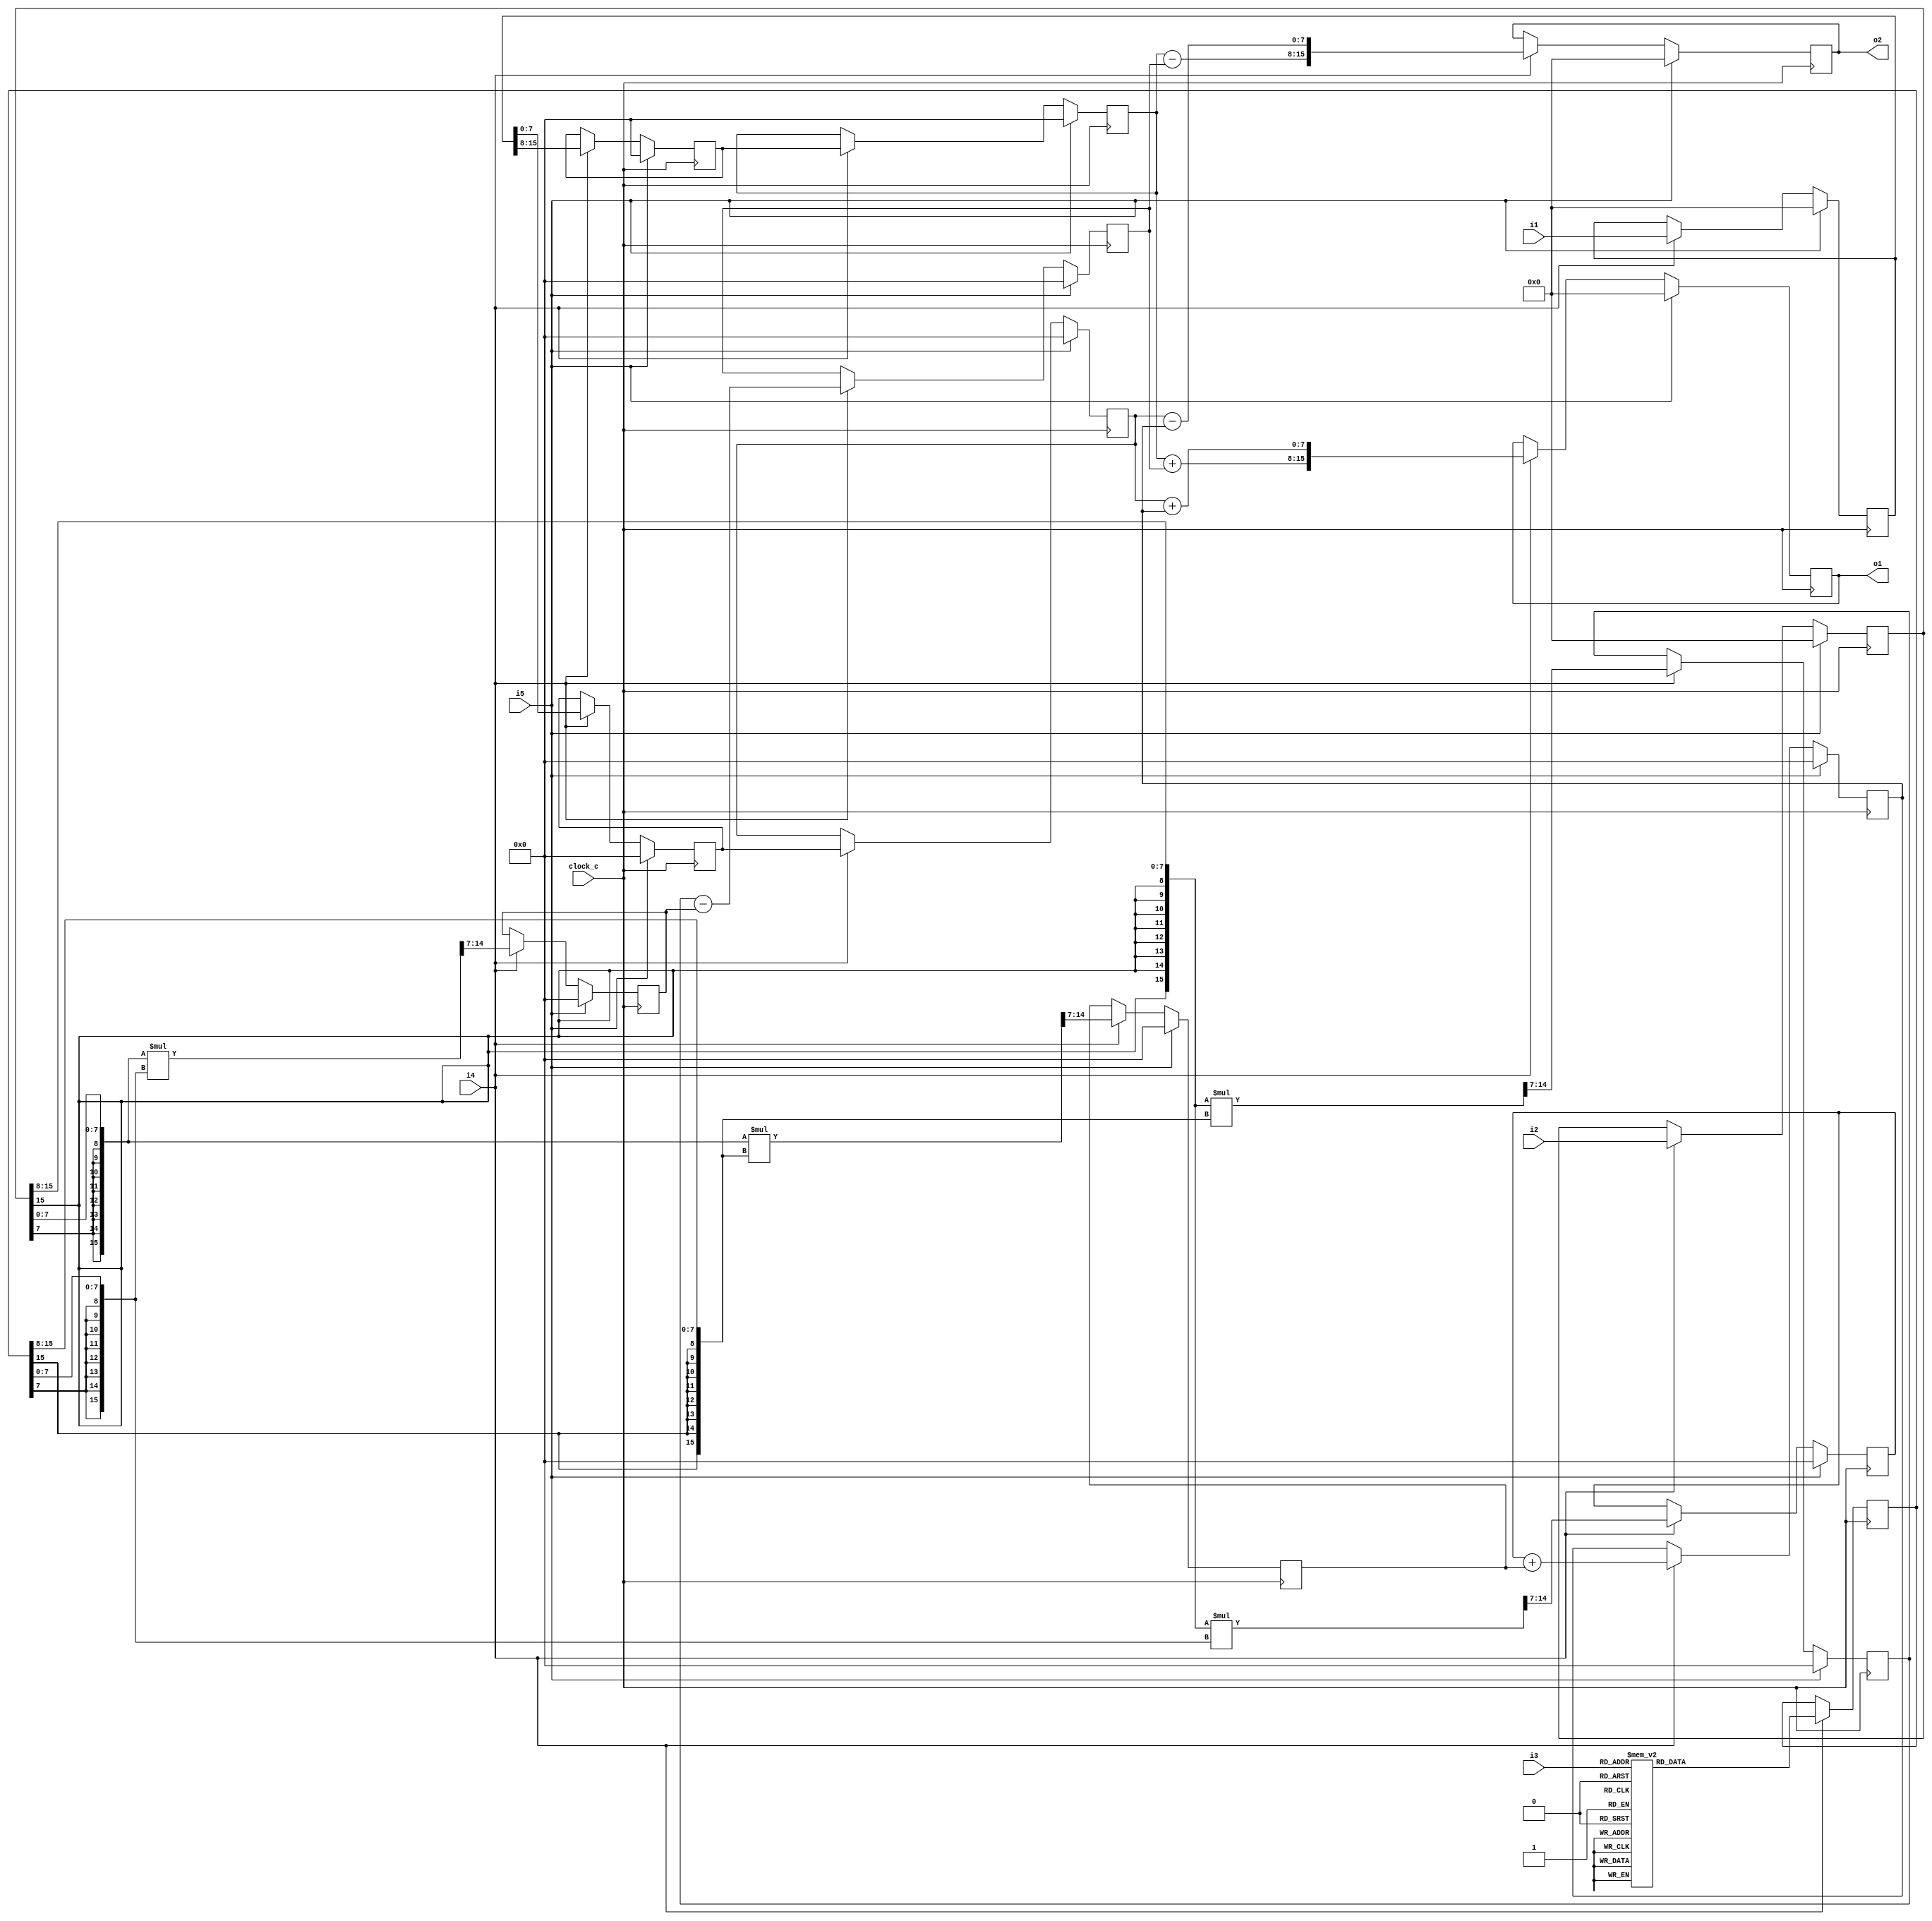
module cf_fft_1024_8_22 (clock_c, i1, i2, i3, i4, i5, o1, o2);
input  clock_c;
input  [15:0] i1;
input  [15:0] i2;
input  [8:0] i3;
input  i4;
input  i5;
output [15:0] o1;
output [15:0] o2;
reg    [15:0] n1;
wire   [7:0] n2;
wire   [7:0] n3;
reg    [15:0] n4;
wire   [7:0] n5;
wire   [7:0] n6;
reg    [7:0] n7;
reg    [7:0] n8;
reg    [7:0] n9;
reg    [7:0] n10;
reg    [15:0] n11;
wire   [7:0] n12;
wire   [7:0] n13;
wire   [15:0] n14;
wire   [7:0] n15;
reg    [7:0] n16;
wire   [15:0] n17;
wire   [7:0] n18;
reg    [7:0] n19;
wire   [7:0] n20;
reg    [7:0] n21;
wire   [15:0] n22;
wire   [7:0] n23;
reg    [7:0] n24;
wire   [15:0] n25;
wire   [7:0] n26;
reg    [7:0] n27;
wire   [7:0] n28;
reg    [7:0] n29;
wire   [7:0] n30;
wire   [7:0] n31;
wire   [15:0] n32;
reg    [15:0] n33;
wire   [7:0] n34;
wire   [7:0] n35;
wire   [15:0] n36;
reg    [15:0] n37;
initial n1 = 16'b0000000000000000;
always @ (posedge clock_c)
  if (i5 == 1'b1)
    n1 <= 16'b0000000000000000;
  else if (i4 == 1'b1)
    n1 <= i1;
assign n2 = {n1[15],
  n1[14],
  n1[13],
  n1[12],
  n1[11],
  n1[10],
  n1[9],
  n1[8]};
assign n3 = {n1[7],
  n1[6],
  n1[5],
  n1[4],
  n1[3],
  n1[2],
  n1[1],
  n1[0]};
initial n4 = 16'b0000000000000000;
always @ (posedge clock_c)
  if (i5 == 1'b1)
    n4 <= 16'b0000000000000000;
  else if (i4 == 1'b1)
    n4 <= i2;
assign n5 = {n4[15],
  n4[14],
  n4[13],
  n4[12],
  n4[11],
  n4[10],
  n4[9],
  n4[8]};
assign n6 = {n4[7],
  n4[6],
  n4[5],
  n4[4],
  n4[3],
  n4[2],
  n4[1],
  n4[0]};
initial n7 = 8'b00000000;
always @ (posedge clock_c)
  if (i5 == 1'b1)
    n7 <= 8'b00000000;
  else if (i4 == 1'b1)
    n7 <= n2;
initial n8 = 8'b00000000;
always @ (posedge clock_c)
  if (i5 == 1'b1)
    n8 <= 8'b00000000;
  else if (i4 == 1'b1)
    n8 <= n7;
initial n9 = 8'b00000000;
always @ (posedge clock_c)
  if (i5 == 1'b1)
    n9 <= 8'b00000000;
  else if (i4 == 1'b1)
    n9 <= n3;
initial n10 = 8'b00000000;
always @ (posedge clock_c)
  if (i5 == 1'b1)
    n10 <= 8'b00000000;
  else if (i4 == 1'b1)
    n10 <= n9;
initial n11 = 16'b0000000000000000;
always @ (posedge clock_c)
  if (i4 == 1'b1)
    case (i3)
      9'b000000000 : n11 <= 16'b0111111100000000;
      9'b000000001 : n11 <= 16'b0111111111111111;
      9'b000000010 : n11 <= 16'b0111111111111110;
      9'b000000011 : n11 <= 16'b0111111111111101;
      9'b000000100 : n11 <= 16'b0111111111111100;
      9'b000000101 : n11 <= 16'b0111111111111100;
      9'b000000110 : n11 <= 16'b0111111111111011;
      9'b000000111 : n11 <= 16'b0111111111111010;
      9'b000001000 : n11 <= 16'b0111111111111001;
      9'b000001001 : n11 <= 16'b0111111111111000;
      9'b000001010 : n11 <= 16'b0111111111111000;
      9'b000001011 : n11 <= 16'b0111111111110111;
      9'b000001100 : n11 <= 16'b0111111111110110;
      9'b000001101 : n11 <= 16'b0111111111110101;
      9'b000001110 : n11 <= 16'b0111111111110101;
      9'b000001111 : n11 <= 16'b0111111111110100;
      9'b000010000 : n11 <= 16'b0111111111110011;
      9'b000010001 : n11 <= 16'b0111111111110010;
      9'b000010010 : n11 <= 16'b0111111111110001;
      9'b000010011 : n11 <= 16'b0111111111110001;
      9'b000010100 : n11 <= 16'b0111111111110000;
      9'b000010101 : n11 <= 16'b0111111011101111;
      9'b000010110 : n11 <= 16'b0111111011101110;
      9'b000010111 : n11 <= 16'b0111111011101101;
      9'b000011000 : n11 <= 16'b0111111011101101;
      9'b000011001 : n11 <= 16'b0111111011101100;
      9'b000011010 : n11 <= 16'b0111111011101011;
      9'b000011011 : n11 <= 16'b0111111011101010;
      9'b000011100 : n11 <= 16'b0111111011101010;
      9'b000011101 : n11 <= 16'b0111110111101001;
      9'b000011110 : n11 <= 16'b0111110111101000;
      9'b000011111 : n11 <= 16'b0111110111100111;
      9'b000100000 : n11 <= 16'b0111110111100111;
      9'b000100001 : n11 <= 16'b0111110111100110;
      9'b000100010 : n11 <= 16'b0111110111100101;
      9'b000100011 : n11 <= 16'b0111110111100100;
      9'b000100100 : n11 <= 16'b0111110011100011;
      9'b000100101 : n11 <= 16'b0111110011100011;
      9'b000100110 : n11 <= 16'b0111110011100010;
      9'b000100111 : n11 <= 16'b0111110011100001;
      9'b000101000 : n11 <= 16'b0111110011100000;
      9'b000101001 : n11 <= 16'b0111101111100000;
      9'b000101010 : n11 <= 16'b0111101111011111;
      9'b000101011 : n11 <= 16'b0111101111011110;
      9'b000101100 : n11 <= 16'b0111101111011101;
      9'b000101101 : n11 <= 16'b0111101111011101;
      9'b000101110 : n11 <= 16'b0111101011011100;
      9'b000101111 : n11 <= 16'b0111101011011011;
      9'b000110000 : n11 <= 16'b0111101011011010;
      9'b000110001 : n11 <= 16'b0111101011011010;
      9'b000110010 : n11 <= 16'b0111101011011001;
      9'b000110011 : n11 <= 16'b0111100111011000;
      9'b000110100 : n11 <= 16'b0111100111010111;
      9'b000110101 : n11 <= 16'b0111100111010111;
      9'b000110110 : n11 <= 16'b0111100111010110;
      9'b000110111 : n11 <= 16'b0111100011010101;
      9'b000111000 : n11 <= 16'b0111100011010100;
      9'b000111001 : n11 <= 16'b0111100011010100;
      9'b000111010 : n11 <= 16'b0111011111010011;
      9'b000111011 : n11 <= 16'b0111011111010010;
      9'b000111100 : n11 <= 16'b0111011111010001;
      9'b000111101 : n11 <= 16'b0111011111010001;
      9'b000111110 : n11 <= 16'b0111011011010000;
      9'b000111111 : n11 <= 16'b0111011011001111;
      9'b001000000 : n11 <= 16'b0111011011001111;
      9'b001000001 : n11 <= 16'b0111010111001110;
      9'b001000010 : n11 <= 16'b0111010111001101;
      9'b001000011 : n11 <= 16'b0111010111001100;
      9'b001000100 : n11 <= 16'b0111010111001100;
      9'b001000101 : n11 <= 16'b0111010011001011;
      9'b001000110 : n11 <= 16'b0111010011001010;
      9'b001000111 : n11 <= 16'b0111010011001001;
      9'b001001000 : n11 <= 16'b0111001111001001;
      9'b001001001 : n11 <= 16'b0111001111001000;
      9'b001001010 : n11 <= 16'b0111001111000111;
      9'b001001011 : n11 <= 16'b0111001011000111;
      9'b001001100 : n11 <= 16'b0111001011000110;
      9'b001001101 : n11 <= 16'b0111000111000101;
      9'b001001110 : n11 <= 16'b0111000111000101;
      9'b001001111 : n11 <= 16'b0111000111000100;
      9'b001010000 : n11 <= 16'b0111000011000011;
      9'b001010001 : n11 <= 16'b0111000011000010;
      9'b001010010 : n11 <= 16'b0111000011000010;
      9'b001010011 : n11 <= 16'b0110111111000001;
      9'b001010100 : n11 <= 16'b0110111111000000;
      9'b001010101 : n11 <= 16'b0110111011000000;
      9'b001010110 : n11 <= 16'b0110111010111111;
      9'b001010111 : n11 <= 16'b0110111010111110;
      9'b001011000 : n11 <= 16'b0110110110111110;
      9'b001011001 : n11 <= 16'b0110110110111101;
      9'b001011010 : n11 <= 16'b0110110010111100;
      9'b001011011 : n11 <= 16'b0110110010111100;
      9'b001011100 : n11 <= 16'b0110110010111011;
      9'b001011101 : n11 <= 16'b0110101110111010;
      9'b001011110 : n11 <= 16'b0110101110111010;
      9'b001011111 : n11 <= 16'b0110101010111001;
      9'b001100000 : n11 <= 16'b0110101010111000;
      9'b001100001 : n11 <= 16'b0110100110111000;
      9'b001100010 : n11 <= 16'b0110100110110111;
      9'b001100011 : n11 <= 16'b0110100110110110;
      9'b001100100 : n11 <= 16'b0110100010110110;
      9'b001100101 : n11 <= 16'b0110100010110101;
      9'b001100110 : n11 <= 16'b0110011110110101;
      9'b001100111 : n11 <= 16'b0110011110110100;
      9'b001101000 : n11 <= 16'b0110011010110011;
      9'b001101001 : n11 <= 16'b0110011010110011;
      9'b001101010 : n11 <= 16'b0110010110110010;
      9'b001101011 : n11 <= 16'b0110010110110001;
      9'b001101100 : n11 <= 16'b0110010010110001;
      9'b001101101 : n11 <= 16'b0110010010110000;
      9'b001101110 : n11 <= 16'b0110001110110000;
      9'b001101111 : n11 <= 16'b0110001110101111;
      9'b001110000 : n11 <= 16'b0110001010101110;
      9'b001110001 : n11 <= 16'b0110001010101110;
      9'b001110010 : n11 <= 16'b0110000110101101;
      9'b001110011 : n11 <= 16'b0110000110101100;
      9'b001110100 : n11 <= 16'b0110000010101100;
      9'b001110101 : n11 <= 16'b0110000010101011;
      9'b001110110 : n11 <= 16'b0101111110101011;
      9'b001110111 : n11 <= 16'b0101111110101010;
      9'b001111000 : n11 <= 16'b0101111010101010;
      9'b001111001 : n11 <= 16'b0101111010101001;
      9'b001111010 : n11 <= 16'b0101110110101000;
      9'b001111011 : n11 <= 16'b0101110110101000;
      9'b001111100 : n11 <= 16'b0101110010100111;
      9'b001111101 : n11 <= 16'b0101110010100111;
      9'b001111110 : n11 <= 16'b0101101110100110;
      9'b001111111 : n11 <= 16'b0101101110100110;
      9'b010000000 : n11 <= 16'b0101101010100101;
      9'b010000001 : n11 <= 16'b0101100110100100;
      9'b010000010 : n11 <= 16'b0101100110100100;
      9'b010000011 : n11 <= 16'b0101100010100011;
      9'b010000100 : n11 <= 16'b0101100010100011;
      9'b010000101 : n11 <= 16'b0101011110100010;
      9'b010000110 : n11 <= 16'b0101011110100010;
      9'b010000111 : n11 <= 16'b0101011010100001;
      9'b010001000 : n11 <= 16'b0101010110100001;
      9'b010001001 : n11 <= 16'b0101010110100000;
      9'b010001010 : n11 <= 16'b0101010010100000;
      9'b010001011 : n11 <= 16'b0101010010011111;
      9'b010001100 : n11 <= 16'b0101001110011111;
      9'b010001101 : n11 <= 16'b0101001110011110;
      9'b010001110 : n11 <= 16'b0101001010011110;
      9'b010001111 : n11 <= 16'b0101000110011101;
      9'b010010000 : n11 <= 16'b0101000110011101;
      9'b010010001 : n11 <= 16'b0101000010011100;
      9'b010010010 : n11 <= 16'b0100111110011100;
      9'b010010011 : n11 <= 16'b0100111110011011;
      9'b010010100 : n11 <= 16'b0100111010011011;
      9'b010010101 : n11 <= 16'b0100111010011010;
      9'b010010110 : n11 <= 16'b0100110110011010;
      9'b010010111 : n11 <= 16'b0100110010011001;
      9'b010011000 : n11 <= 16'b0100110010011001;
      9'b010011001 : n11 <= 16'b0100101110011000;
      9'b010011010 : n11 <= 16'b0100101010011000;
      9'b010011011 : n11 <= 16'b0100101010010111;
      9'b010011100 : n11 <= 16'b0100100110010111;
      9'b010011101 : n11 <= 16'b0100100110010110;
      9'b010011110 : n11 <= 16'b0100100010010110;
      9'b010011111 : n11 <= 16'b0100011110010110;
      9'b010100000 : n11 <= 16'b0100011110010101;
      9'b010100001 : n11 <= 16'b0100011010010101;
      9'b010100010 : n11 <= 16'b0100010110010100;
      9'b010100011 : n11 <= 16'b0100010110010100;
      9'b010100100 : n11 <= 16'b0100010010010011;
      9'b010100101 : n11 <= 16'b0100001110010011;
      9'b010100110 : n11 <= 16'b0100001110010011;
      9'b010100111 : n11 <= 16'b0100001010010010;
      9'b010101000 : n11 <= 16'b0100000110010010;
      9'b010101001 : n11 <= 16'b0100000110010001;
      9'b010101010 : n11 <= 16'b0100000010010001;
      9'b010101011 : n11 <= 16'b0011111110010001;
      9'b010101100 : n11 <= 16'b0011111110010000;
      9'b010101101 : n11 <= 16'b0011111010010000;
      9'b010101110 : n11 <= 16'b0011110110001111;
      9'b010101111 : n11 <= 16'b0011110110001111;
      9'b010110000 : n11 <= 16'b0011110010001111;
      9'b010110001 : n11 <= 16'b0011101110001110;
      9'b010110010 : n11 <= 16'b0011101010001110;
      9'b010110011 : n11 <= 16'b0011101010001110;
      9'b010110100 : n11 <= 16'b0011100110001101;
      9'b010110101 : n11 <= 16'b0011100010001101;
      9'b010110110 : n11 <= 16'b0011100010001100;
      9'b010110111 : n11 <= 16'b0011011110001100;
      9'b010111000 : n11 <= 16'b0011011010001100;
      9'b010111001 : n11 <= 16'b0011011010001011;
      9'b010111010 : n11 <= 16'b0011010110001011;
      9'b010111011 : n11 <= 16'b0011010010001011;
      9'b010111100 : n11 <= 16'b0011001110001010;
      9'b010111101 : n11 <= 16'b0011001110001010;
      9'b010111110 : n11 <= 16'b0011001010001010;
      9'b010111111 : n11 <= 16'b0011000110001010;
      9'b011000000 : n11 <= 16'b0011000010001001;
      9'b011000001 : n11 <= 16'b0011000010001001;
      9'b011000010 : n11 <= 16'b0010111110001001;
      9'b011000011 : n11 <= 16'b0010111010001000;
      9'b011000100 : n11 <= 16'b0010111010001000;
      9'b011000101 : n11 <= 16'b0010110110001000;
      9'b011000110 : n11 <= 16'b0010110010001000;
      9'b011000111 : n11 <= 16'b0010101110000111;
      9'b011001000 : n11 <= 16'b0010101110000111;
      9'b011001001 : n11 <= 16'b0010101010000111;
      9'b011001010 : n11 <= 16'b0010100110000110;
      9'b011001011 : n11 <= 16'b0010100010000110;
      9'b011001100 : n11 <= 16'b0010100010000110;
      9'b011001101 : n11 <= 16'b0010011110000110;
      9'b011001110 : n11 <= 16'b0010011010000101;
      9'b011001111 : n11 <= 16'b0010010110000101;
      9'b011010000 : n11 <= 16'b0010010110000101;
      9'b011010001 : n11 <= 16'b0010010010000101;
      9'b011010010 : n11 <= 16'b0010001110000101;
      9'b011010011 : n11 <= 16'b0010001010000100;
      9'b011010100 : n11 <= 16'b0010001010000100;
      9'b011010101 : n11 <= 16'b0010000110000100;
      9'b011010110 : n11 <= 16'b0010000010000100;
      9'b011010111 : n11 <= 16'b0001111110000100;
      9'b011011000 : n11 <= 16'b0001111110000011;
      9'b011011001 : n11 <= 16'b0001111010000011;
      9'b011011010 : n11 <= 16'b0001110110000011;
      9'b011011011 : n11 <= 16'b0001110010000011;
      9'b011011100 : n11 <= 16'b0001110010000011;
      9'b011011101 : n11 <= 16'b0001101110000010;
      9'b011011110 : n11 <= 16'b0001101010000010;
      9'b011011111 : n11 <= 16'b0001100110000010;
      9'b011100000 : n11 <= 16'b0001100010000010;
      9'b011100001 : n11 <= 16'b0001100010000010;
      9'b011100010 : n11 <= 16'b0001011110000010;
      9'b011100011 : n11 <= 16'b0001011010000010;
      9'b011100100 : n11 <= 16'b0001010110000001;
      9'b011100101 : n11 <= 16'b0001010110000001;
      9'b011100110 : n11 <= 16'b0001010010000001;
      9'b011100111 : n11 <= 16'b0001001110000001;
      9'b011101000 : n11 <= 16'b0001001010000001;
      9'b011101001 : n11 <= 16'b0001001010000001;
      9'b011101010 : n11 <= 16'b0001000110000001;
      9'b011101011 : n11 <= 16'b0001000010000001;
      9'b011101100 : n11 <= 16'b0000111110000000;
      9'b011101101 : n11 <= 16'b0000111010000000;
      9'b011101110 : n11 <= 16'b0000111010000000;
      9'b011101111 : n11 <= 16'b0000110110000000;
      9'b011110000 : n11 <= 16'b0000110010000000;
      9'b011110001 : n11 <= 16'b0000101110000000;
      9'b011110010 : n11 <= 16'b0000101010000000;
      9'b011110011 : n11 <= 16'b0000101010000000;
      9'b011110100 : n11 <= 16'b0000100110000000;
      9'b011110101 : n11 <= 16'b0000100010000000;
      9'b011110110 : n11 <= 16'b0000011110000000;
      9'b011110111 : n11 <= 16'b0000011110000000;
      9'b011111000 : n11 <= 16'b0000011010000000;
      9'b011111001 : n11 <= 16'b0000010110000000;
      9'b011111010 : n11 <= 16'b0000010010000000;
      9'b011111011 : n11 <= 16'b0000001110000000;
      9'b011111100 : n11 <= 16'b0000001110000000;
      9'b011111101 : n11 <= 16'b0000001010000000;
      9'b011111110 : n11 <= 16'b0000000110000000;
      9'b011111111 : n11 <= 16'b0000000010000000;
      9'b100000000 : n11 <= 16'b0000000010000000;
      9'b100000001 : n11 <= 16'b1111111110000000;
      9'b100000010 : n11 <= 16'b1111111010000000;
      9'b100000011 : n11 <= 16'b1111110110000000;
      9'b100000100 : n11 <= 16'b1111110010000000;
      9'b100000101 : n11 <= 16'b1111110010000000;
      9'b100000110 : n11 <= 16'b1111101110000000;
      9'b100000111 : n11 <= 16'b1111101010000000;
      9'b100001000 : n11 <= 16'b1111100110000000;
      9'b100001001 : n11 <= 16'b1111100010000000;
      9'b100001010 : n11 <= 16'b1111100010000000;
      9'b100001011 : n11 <= 16'b1111011110000000;
      9'b100001100 : n11 <= 16'b1111011010000000;
      9'b100001101 : n11 <= 16'b1111010110000000;
      9'b100001110 : n11 <= 16'b1111010110000000;
      9'b100001111 : n11 <= 16'b1111010010000000;
      9'b100010000 : n11 <= 16'b1111001110000000;
      9'b100010001 : n11 <= 16'b1111001010000000;
      9'b100010010 : n11 <= 16'b1111000110000000;
      9'b100010011 : n11 <= 16'b1111000110000000;
      9'b100010100 : n11 <= 16'b1111000010000000;
      9'b100010101 : n11 <= 16'b1110111110000001;
      9'b100010110 : n11 <= 16'b1110111010000001;
      9'b100010111 : n11 <= 16'b1110110110000001;
      9'b100011000 : n11 <= 16'b1110110110000001;
      9'b100011001 : n11 <= 16'b1110110010000001;
      9'b100011010 : n11 <= 16'b1110101110000001;
      9'b100011011 : n11 <= 16'b1110101010000001;
      9'b100011100 : n11 <= 16'b1110101010000001;
      9'b100011101 : n11 <= 16'b1110100110000010;
      9'b100011110 : n11 <= 16'b1110100010000010;
      9'b100011111 : n11 <= 16'b1110011110000010;
      9'b100100000 : n11 <= 16'b1110011110000010;
      9'b100100001 : n11 <= 16'b1110011010000010;
      9'b100100010 : n11 <= 16'b1110010110000010;
      9'b100100011 : n11 <= 16'b1110010010000010;
      9'b100100100 : n11 <= 16'b1110001110000011;
      9'b100100101 : n11 <= 16'b1110001110000011;
      9'b100100110 : n11 <= 16'b1110001010000011;
      9'b100100111 : n11 <= 16'b1110000110000011;
      9'b100101000 : n11 <= 16'b1110000010000011;
      9'b100101001 : n11 <= 16'b1110000010000100;
      9'b100101010 : n11 <= 16'b1101111110000100;
      9'b100101011 : n11 <= 16'b1101111010000100;
      9'b100101100 : n11 <= 16'b1101110110000100;
      9'b100101101 : n11 <= 16'b1101110110000100;
      9'b100101110 : n11 <= 16'b1101110010000101;
      9'b100101111 : n11 <= 16'b1101101110000101;
      9'b100110000 : n11 <= 16'b1101101010000101;
      9'b100110001 : n11 <= 16'b1101101010000101;
      9'b100110010 : n11 <= 16'b1101100110000101;
      9'b100110011 : n11 <= 16'b1101100010000110;
      9'b100110100 : n11 <= 16'b1101011110000110;
      9'b100110101 : n11 <= 16'b1101011110000110;
      9'b100110110 : n11 <= 16'b1101011010000110;
      9'b100110111 : n11 <= 16'b1101010110000111;
      9'b100111000 : n11 <= 16'b1101010010000111;
      9'b100111001 : n11 <= 16'b1101010010000111;
      9'b100111010 : n11 <= 16'b1101001110001000;
      9'b100111011 : n11 <= 16'b1101001010001000;
      9'b100111100 : n11 <= 16'b1101000110001000;
      9'b100111101 : n11 <= 16'b1101000110001000;
      9'b100111110 : n11 <= 16'b1101000010001001;
      9'b100111111 : n11 <= 16'b1100111110001001;
      9'b101000000 : n11 <= 16'b1100111110001001;
      9'b101000001 : n11 <= 16'b1100111010001010;
      9'b101000010 : n11 <= 16'b1100110110001010;
      9'b101000011 : n11 <= 16'b1100110010001010;
      9'b101000100 : n11 <= 16'b1100110010001010;
      9'b101000101 : n11 <= 16'b1100101110001011;
      9'b101000110 : n11 <= 16'b1100101010001011;
      9'b101000111 : n11 <= 16'b1100100110001011;
      9'b101001000 : n11 <= 16'b1100100110001100;
      9'b101001001 : n11 <= 16'b1100100010001100;
      9'b101001010 : n11 <= 16'b1100011110001100;
      9'b101001011 : n11 <= 16'b1100011110001101;
      9'b101001100 : n11 <= 16'b1100011010001101;
      9'b101001101 : n11 <= 16'b1100010110001110;
      9'b101001110 : n11 <= 16'b1100010110001110;
      9'b101001111 : n11 <= 16'b1100010010001110;
      9'b101010000 : n11 <= 16'b1100001110001111;
      9'b101010001 : n11 <= 16'b1100001010001111;
      9'b101010010 : n11 <= 16'b1100001010001111;
      9'b101010011 : n11 <= 16'b1100000110010000;
      9'b101010100 : n11 <= 16'b1100000010010000;
      9'b101010101 : n11 <= 16'b1100000010010001;
      9'b101010110 : n11 <= 16'b1011111110010001;
      9'b101010111 : n11 <= 16'b1011111010010001;
      9'b101011000 : n11 <= 16'b1011111010010010;
      9'b101011001 : n11 <= 16'b1011110110010010;
      9'b101011010 : n11 <= 16'b1011110010010011;
      9'b101011011 : n11 <= 16'b1011110010010011;
      9'b101011100 : n11 <= 16'b1011101110010011;
      9'b101011101 : n11 <= 16'b1011101010010100;
      9'b101011110 : n11 <= 16'b1011101010010100;
      9'b101011111 : n11 <= 16'b1011100110010101;
      9'b101100000 : n11 <= 16'b1011100010010101;
      9'b101100001 : n11 <= 16'b1011100010010110;
      9'b101100010 : n11 <= 16'b1011011110010110;
      9'b101100011 : n11 <= 16'b1011011010010110;
      9'b101100100 : n11 <= 16'b1011011010010111;
      9'b101100101 : n11 <= 16'b1011010110010111;
      9'b101100110 : n11 <= 16'b1011010110011000;
      9'b101100111 : n11 <= 16'b1011010010011000;
      9'b101101000 : n11 <= 16'b1011001110011001;
      9'b101101001 : n11 <= 16'b1011001110011001;
      9'b101101010 : n11 <= 16'b1011001010011010;
      9'b101101011 : n11 <= 16'b1011000110011010;
      9'b101101100 : n11 <= 16'b1011000110011011;
      9'b101101101 : n11 <= 16'b1011000010011011;
      9'b101101110 : n11 <= 16'b1011000010011100;
      9'b101101111 : n11 <= 16'b1010111110011100;
      9'b101110000 : n11 <= 16'b1010111010011101;
      9'b101110001 : n11 <= 16'b1010111010011101;
      9'b101110010 : n11 <= 16'b1010110110011110;
      9'b101110011 : n11 <= 16'b1010110010011110;
      9'b101110100 : n11 <= 16'b1010110010011111;
      9'b101110101 : n11 <= 16'b1010101110011111;
      9'b101110110 : n11 <= 16'b1010101110100000;
      9'b101110111 : n11 <= 16'b1010101010100000;
      9'b101111000 : n11 <= 16'b1010101010100001;
      9'b101111001 : n11 <= 16'b1010100110100001;
      9'b101111010 : n11 <= 16'b1010100010100010;
      9'b101111011 : n11 <= 16'b1010100010100010;
      9'b101111100 : n11 <= 16'b1010011110100011;
      9'b101111101 : n11 <= 16'b1010011110100011;
      9'b101111110 : n11 <= 16'b1010011010100100;
      9'b101111111 : n11 <= 16'b1010011010100100;
      9'b110000000 : n11 <= 16'b1010010110100101;
      9'b110000001 : n11 <= 16'b1010010010100110;
      9'b110000010 : n11 <= 16'b1010010010100110;
      9'b110000011 : n11 <= 16'b1010001110100111;
      9'b110000100 : n11 <= 16'b1010001110100111;
      9'b110000101 : n11 <= 16'b1010001010101000;
      9'b110000110 : n11 <= 16'b1010001010101000;
      9'b110000111 : n11 <= 16'b1010000110101001;
      9'b110001000 : n11 <= 16'b1010000110101010;
      9'b110001001 : n11 <= 16'b1010000010101010;
      9'b110001010 : n11 <= 16'b1010000010101011;
      9'b110001011 : n11 <= 16'b1001111110101011;
      9'b110001100 : n11 <= 16'b1001111110101100;
      9'b110001101 : n11 <= 16'b1001111010101100;
      9'b110001110 : n11 <= 16'b1001111010101101;
      9'b110001111 : n11 <= 16'b1001110110101110;
      9'b110010000 : n11 <= 16'b1001110110101110;
      9'b110010001 : n11 <= 16'b1001110010101111;
      9'b110010010 : n11 <= 16'b1001110010110000;
      9'b110010011 : n11 <= 16'b1001101110110000;
      9'b110010100 : n11 <= 16'b1001101110110001;
      9'b110010101 : n11 <= 16'b1001101010110001;
      9'b110010110 : n11 <= 16'b1001101010110010;
      9'b110010111 : n11 <= 16'b1001100110110011;
      9'b110011000 : n11 <= 16'b1001100110110011;
      9'b110011001 : n11 <= 16'b1001100010110100;
      9'b110011010 : n11 <= 16'b1001100010110101;
      9'b110011011 : n11 <= 16'b1001011110110101;
      9'b110011100 : n11 <= 16'b1001011110110110;
      9'b110011101 : n11 <= 16'b1001011010110110;
      9'b110011110 : n11 <= 16'b1001011010110111;
      9'b110011111 : n11 <= 16'b1001011010111000;
      9'b110100000 : n11 <= 16'b1001010110111000;
      9'b110100001 : n11 <= 16'b1001010110111001;
      9'b110100010 : n11 <= 16'b1001010010111010;
      9'b110100011 : n11 <= 16'b1001010010111010;
      9'b110100100 : n11 <= 16'b1001001110111011;
      9'b110100101 : n11 <= 16'b1001001110111100;
      9'b110100110 : n11 <= 16'b1001001110111100;
      9'b110100111 : n11 <= 16'b1001001010111101;
      9'b110101000 : n11 <= 16'b1001001010111110;
      9'b110101001 : n11 <= 16'b1001000110111110;
      9'b110101010 : n11 <= 16'b1001000110111111;
      9'b110101011 : n11 <= 16'b1001000111000000;
      9'b110101100 : n11 <= 16'b1001000011000000;
      9'b110101101 : n11 <= 16'b1001000011000001;
      9'b110101110 : n11 <= 16'b1000111111000010;
      9'b110101111 : n11 <= 16'b1000111111000010;
      9'b110110000 : n11 <= 16'b1000111111000011;
      9'b110110001 : n11 <= 16'b1000111011000100;
      9'b110110010 : n11 <= 16'b1000111011000101;
      9'b110110011 : n11 <= 16'b1000111011000101;
      9'b110110100 : n11 <= 16'b1000110111000110;
      9'b110110101 : n11 <= 16'b1000110111000111;
      9'b110110110 : n11 <= 16'b1000110011000111;
      9'b110110111 : n11 <= 16'b1000110011001000;
      9'b110111000 : n11 <= 16'b1000110011001001;
      9'b110111001 : n11 <= 16'b1000101111001001;
      9'b110111010 : n11 <= 16'b1000101111001010;
      9'b110111011 : n11 <= 16'b1000101111001011;
      9'b110111100 : n11 <= 16'b1000101011001100;
      9'b110111101 : n11 <= 16'b1000101011001100;
      9'b110111110 : n11 <= 16'b1000101011001101;
      9'b110111111 : n11 <= 16'b1000101011001110;
      9'b111000000 : n11 <= 16'b1000100111001111;
      9'b111000001 : n11 <= 16'b1000100111001111;
      9'b111000010 : n11 <= 16'b1000100111010000;
      9'b111000011 : n11 <= 16'b1000100011010001;
      9'b111000100 : n11 <= 16'b1000100011010001;
      9'b111000101 : n11 <= 16'b1000100011010010;
      9'b111000110 : n11 <= 16'b1000100011010011;
      9'b111000111 : n11 <= 16'b1000011111010100;
      9'b111001000 : n11 <= 16'b1000011111010100;
      9'b111001001 : n11 <= 16'b1000011111010101;
      9'b111001010 : n11 <= 16'b1000011011010110;
      9'b111001011 : n11 <= 16'b1000011011010111;
      9'b111001100 : n11 <= 16'b1000011011010111;
      9'b111001101 : n11 <= 16'b1000011011011000;
      9'b111001110 : n11 <= 16'b1000010111011001;
      9'b111001111 : n11 <= 16'b1000010111011010;
      9'b111010000 : n11 <= 16'b1000010111011010;
      9'b111010001 : n11 <= 16'b1000010111011011;
      9'b111010010 : n11 <= 16'b1000010111011100;
      9'b111010011 : n11 <= 16'b1000010011011101;
      9'b111010100 : n11 <= 16'b1000010011011101;
      9'b111010101 : n11 <= 16'b1000010011011110;
      9'b111010110 : n11 <= 16'b1000010011011111;
      9'b111010111 : n11 <= 16'b1000010011100000;
      9'b111011000 : n11 <= 16'b1000001111100000;
      9'b111011001 : n11 <= 16'b1000001111100001;
      9'b111011010 : n11 <= 16'b1000001111100010;
      9'b111011011 : n11 <= 16'b1000001111100011;
      9'b111011100 : n11 <= 16'b1000001111100011;
      9'b111011101 : n11 <= 16'b1000001011100100;
      9'b111011110 : n11 <= 16'b1000001011100101;
      9'b111011111 : n11 <= 16'b1000001011100110;
      9'b111100000 : n11 <= 16'b1000001011100111;
      9'b111100001 : n11 <= 16'b1000001011100111;
      9'b111100010 : n11 <= 16'b1000001011101000;
      9'b111100011 : n11 <= 16'b1000001011101001;
      9'b111100100 : n11 <= 16'b1000000111101010;
      9'b111100101 : n11 <= 16'b1000000111101010;
      9'b111100110 : n11 <= 16'b1000000111101011;
      9'b111100111 : n11 <= 16'b1000000111101100;
      9'b111101000 : n11 <= 16'b1000000111101101;
      9'b111101001 : n11 <= 16'b1000000111101101;
      9'b111101010 : n11 <= 16'b1000000111101110;
      9'b111101011 : n11 <= 16'b1000000111101111;
      9'b111101100 : n11 <= 16'b1000000011110000;
      9'b111101101 : n11 <= 16'b1000000011110001;
      9'b111101110 : n11 <= 16'b1000000011110001;
      9'b111101111 : n11 <= 16'b1000000011110010;
      9'b111110000 : n11 <= 16'b1000000011110011;
      9'b111110001 : n11 <= 16'b1000000011110100;
      9'b111110010 : n11 <= 16'b1000000011110101;
      9'b111110011 : n11 <= 16'b1000000011110101;
      9'b111110100 : n11 <= 16'b1000000011110110;
      9'b111110101 : n11 <= 16'b1000000011110111;
      9'b111110110 : n11 <= 16'b1000000011111000;
      9'b111110111 : n11 <= 16'b1000000011111000;
      9'b111111000 : n11 <= 16'b1000000011111001;
      9'b111111001 : n11 <= 16'b1000000011111010;
      9'b111111010 : n11 <= 16'b1000000011111011;
      9'b111111011 : n11 <= 16'b1000000011111100;
      9'b111111100 : n11 <= 16'b1000000011111100;
      9'b111111101 : n11 <= 16'b1000000011111101;
      9'b111111110 : n11 <= 16'b1000000011111110;
      9'b111111111 : n11 <= 16'b1000000011111111;
      default : n11 <= 16'bxxxxxxxxxxxxxxxx;
    endcase
assign n12 = {n11[15],
  n11[14],
  n11[13],
  n11[12],
  n11[11],
  n11[10],
  n11[9],
  n11[8]};
assign n13 = {n11[7],
  n11[6],
  n11[5],
  n11[4],
  n11[3],
  n11[2],
  n11[1],
  n11[0]};
assign n14 = {{8{n5[7]}}, n5} * {{8{n12[7]}}, n12};
assign n15 = {n14[14],
  n14[13],
  n14[12],
  n14[11],
  n14[10],
  n14[9],
  n14[8],
  n14[7]};
initial n16 = 8'b00000000;
always @ (posedge clock_c)
  if (i5 == 1'b1)
    n16 <= 8'b00000000;
  else if (i4 == 1'b1)
    n16 <= n15;
assign n17 = {{8{n6[7]}}, n6} * {{8{n13[7]}}, n13};
assign n18 = {n17[14],
  n17[13],
  n17[12],
  n17[11],
  n17[10],
  n17[9],
  n17[8],
  n17[7]};
initial n19 = 8'b00000000;
always @ (posedge clock_c)
  if (i5 == 1'b1)
    n19 <= 8'b00000000;
  else if (i4 == 1'b1)
    n19 <= n18;
assign n20 = n16 - n19;
initial n21 = 8'b00000000;
always @ (posedge clock_c)
  if (i5 == 1'b1)
    n21 <= 8'b00000000;
  else if (i4 == 1'b1)
    n21 <= n20;
assign n22 = {{8{n5[7]}}, n5} * {{8{n13[7]}}, n13};
assign n23 = {n22[14],
  n22[13],
  n22[12],
  n22[11],
  n22[10],
  n22[9],
  n22[8],
  n22[7]};
initial n24 = 8'b00000000;
always @ (posedge clock_c)
  if (i5 == 1'b1)
    n24 <= 8'b00000000;
  else if (i4 == 1'b1)
    n24 <= n23;
assign n25 = {{8{n6[7]}}, n6} * {{8{n12[7]}}, n12};
assign n26 = {n25[14],
  n25[13],
  n25[12],
  n25[11],
  n25[10],
  n25[9],
  n25[8],
  n25[7]};
initial n27 = 8'b00000000;
always @ (posedge clock_c)
  if (i5 == 1'b1)
    n27 <= 8'b00000000;
  else if (i4 == 1'b1)
    n27 <= n26;
assign n28 = n24 + n27;
initial n29 = 8'b00000000;
always @ (posedge clock_c)
  if (i5 == 1'b1)
    n29 <= 8'b00000000;
  else if (i4 == 1'b1)
    n29 <= n28;
assign n30 = n8 + n21;
assign n31 = n10 + n29;
assign n32 = {n30, n31};
initial n33 = 16'b0000000000000000;
always @ (posedge clock_c)
  if (i5 == 1'b1)
    n33 <= 16'b0000000000000000;
  else if (i4 == 1'b1)
    n33 <= n32;
assign n34 = n8 - n21;
assign n35 = n10 - n29;
assign n36 = {n34, n35};
initial n37 = 16'b0000000000000000;
always @ (posedge clock_c)
  if (i5 == 1'b1)
    n37 <= 16'b0000000000000000;
  else if (i4 == 1'b1)
    n37 <= n36;
assign o2 = n37;
assign o1 = n33;
endmodule